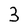
Character: 3